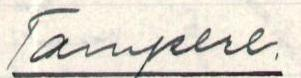
Tampere.